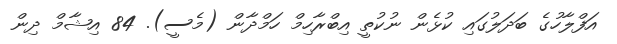
އަފްލާހުގެ ބަދަލުގައި ކުޅެން ނުކުތީ އިބްރާހިމް ހަމްދާން (މެސީ). 84 އިޝާމް ދިން